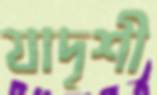
যাদৃশী